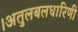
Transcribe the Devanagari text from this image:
।अतुलबलधारिणी